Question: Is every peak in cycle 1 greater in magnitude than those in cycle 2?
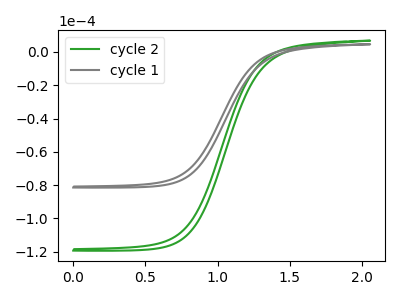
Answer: <think>The green curve "cycle 2" has no peaks. The gray curve "cycle 1" has no peaks.</think>
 <answer>Niether CV has any peaks.</answer>
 <eval>blanks</eval>